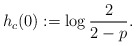
\begin{align*}h_c(0):=\log \frac{2}{2-p}.\end{align*}